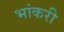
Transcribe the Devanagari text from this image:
भांकरी